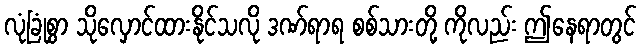
လုံခြုံစွာ သိုလှောင်ထားနိုင်သလို ဒဏ်ရာရ စစ်သားတို့ ကိုလည်း ဤနေရာတွင်